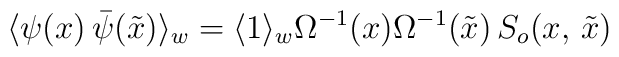
\langle \psi (x) \, \bar{\psi}(\tilde{x})\rangle_w =\langle1\rangle_w\Omega^{-1}(x)\Omega^{-1}(\tilde{x})\, S_o(x,\,\tilde{x})